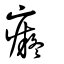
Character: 癡